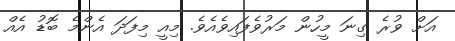
އަށް ވުރެ ގިނަ މީހުން މަރުވެފައިވެއެވެ. މިއީ މިފަދަ އެންމެ ބޮޑު އެއް